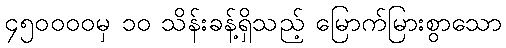
၄၅၀၀၀၀မှ ၁၀ သိန်းခန့်ရှိသည့် မြောက်မြားစွာသော